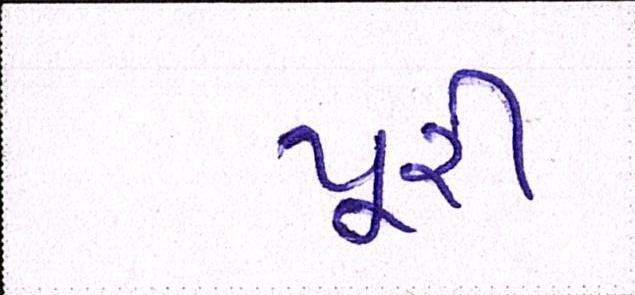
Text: પૂરી